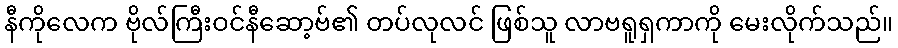
နီကိုလေက ဗိုလ်ကြီးဝင်နီဆော့ဗ်၏ တပ်လုလင် ဖြစ်သူ လာဗရူရှကာကို မေးလိုက်သည်။